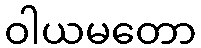
ဝါယမတော